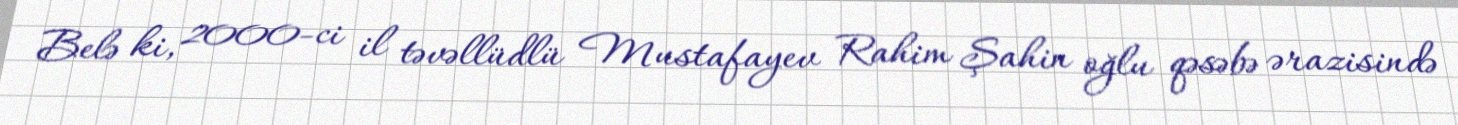
Belə ki, 2000-ci il təvəllüdlü Mustafayev Rahim Şahin oğlu qəsəbə ərazisində